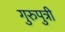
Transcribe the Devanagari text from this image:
गुरुपुत्री